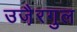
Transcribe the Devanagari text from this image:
उजै़रगुल